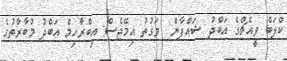
ކްލަބް ވީއެޗްގެ އަބްދު ޝައްފާން  ވަގުތު އިމޭޖެސް: އިބްރާހިމް އަބްދު މުބާރާތުގެ